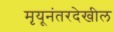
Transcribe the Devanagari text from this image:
मृयूनंतरदेखील